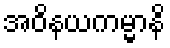
အဝိနယကမ္မာနိ